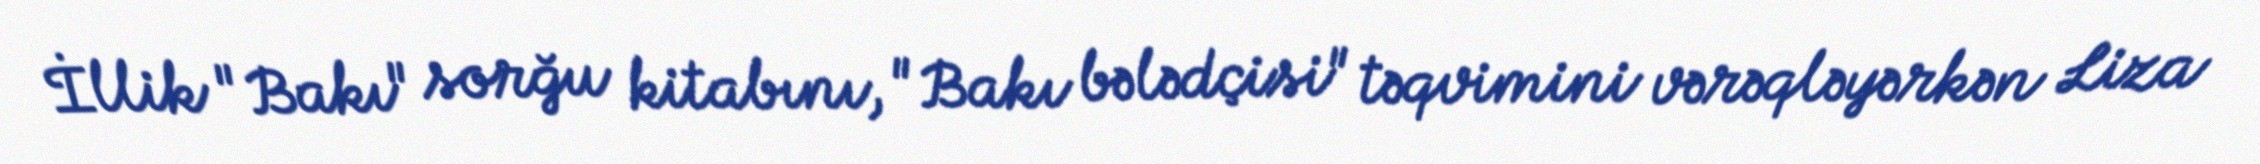
İllik "Bakı" sorğu kitabını, "Bakı bələdçisi" təqvimini vərəqləyərkən Liza